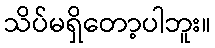
သိပ်မရှိတော့ပါဘူး။